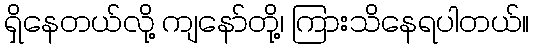
ရှိနေတယ်လို့ ကျနော်တို့၊ ကြားသိနေရပါတယ်။